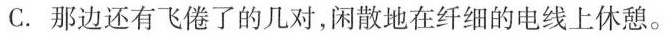
C.那边还有飞倦了的几对，闲散地在纤细的电线上休憩。